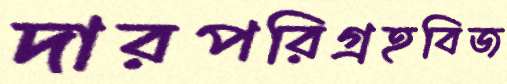
দারপরিগ্রহবিজ